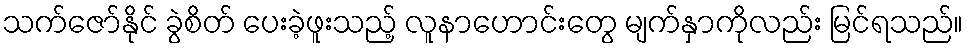
သက်ဇော်နိုင် ခွဲစိတ် ပေးခဲ့ဖူးသည့် လူနာဟောင်းတွေ မျက်နှာကိုလည်း မြင်ရသည်။